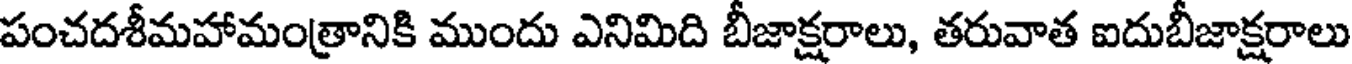
పంచదశీమహామంత్రానికి ముందు ఎనిమిది బీజాక్షరాలు, తరువాత ఐదుబీజాక్షరాలు